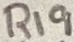
Text: R19